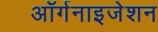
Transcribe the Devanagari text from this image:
अॉर्गनाइजेशन